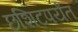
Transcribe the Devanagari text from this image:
छशिटपर्यंत